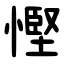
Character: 慳